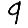
Digit: 9